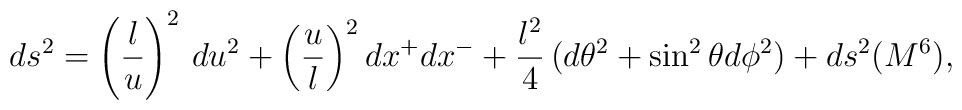
ds^2= \left(\frac{l}{u}\right)^2\,du^2 + \left(\frac{u}{l}\right)^2 dx^+dx^-+\frac{l^2}{4}\, (d\theta^2 + \sin^2 \theta d\phi^2)  + ds^2(M^6),